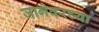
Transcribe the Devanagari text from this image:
जागेवरच्या